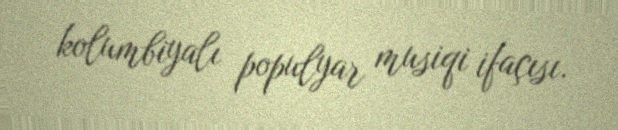
kolumbiyalı populyar musiqi ifaçısı.